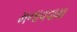
મનાવવામા